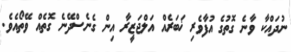
ނުދައްކާ ވާނެ ގޮތުގެ އުފާވެރި ޚަބަރެއް އަލްޖަޒީރާ އިން ގެނެސްދޭނެ ގޮތެއް ވޭތޯއެވެ.